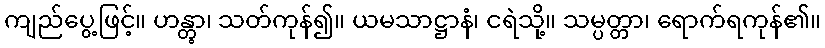
ကျည်ပွေ့ဖြင့်။ ဟန္တွာ၊ သတ်ကုန်၍။ ယမသာဋ္ဌာနံ၊ ငရဲသို့။ သမ္ပတ္တာ၊ ရောက်ရကုန်၏။